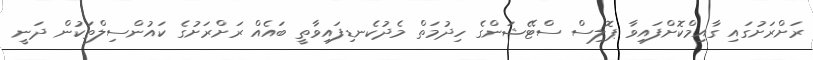
ރަށްރަށުގައި ގާއިމްކޮށްފައިވާ ޕޮލިސް ސްޓޭޝަންގެ ހިދުމަތް މެދުކެނޑިފައިވާތީ ބައެއް ރަށްރަށުގެ ކައުންސިލްތަކުން ދަނީ